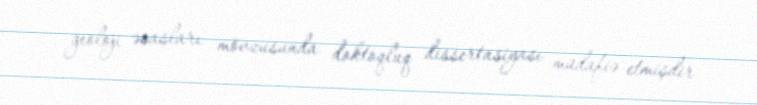
geoloji əsasları" mövzusunda doktoqluq dissertasiyası müdafiə etmişdir.